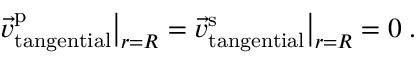
\vec { v } _ { \mathrm { t a n g e n t i a l } } ^ { \mathrm { p } } \big | _ { r = R } = \vec { v } _ { \mathrm { t a n g e n t i a l } } ^ { \mathrm { s } } \big | _ { r = R } = 0 \; .